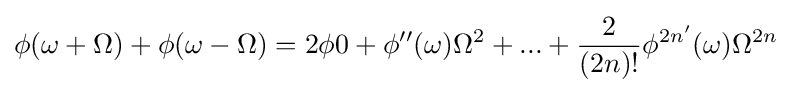
\phi (\omega +\Omega )+\phi (\omega -\Omega )=2\phi 0+\phi ''(\omega )\Omega ^{2}+...+{\frac {2}{(2n)!}}\phi ^{2n'}(\omega )\Omega ^{2n}